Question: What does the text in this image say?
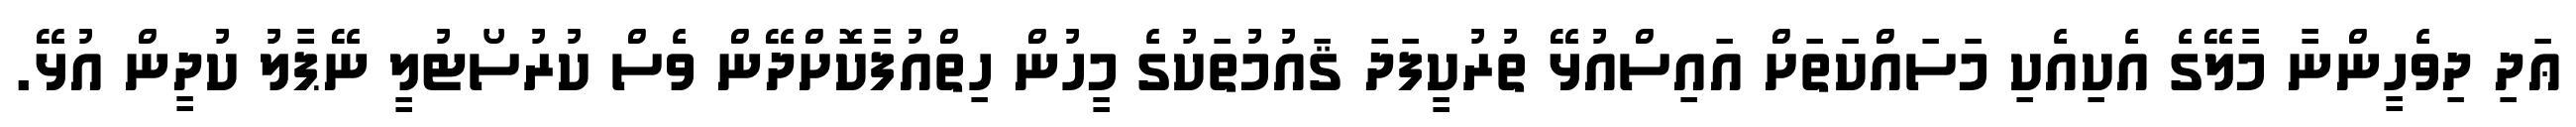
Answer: ޢަދި ދިވެހީންނާ މާލޭގެ އެކިއެކި މަސައްކަތަށް އައިސްއުޅޭ ތުރުކީފަދަ ޤައުމުތަކުގެ މީހުން ހިތްއުފާކޮށްދޭން ވެސް ކުރުސޯޓުލީ ނޭޕާލު ކުދީން އުޅޭ.